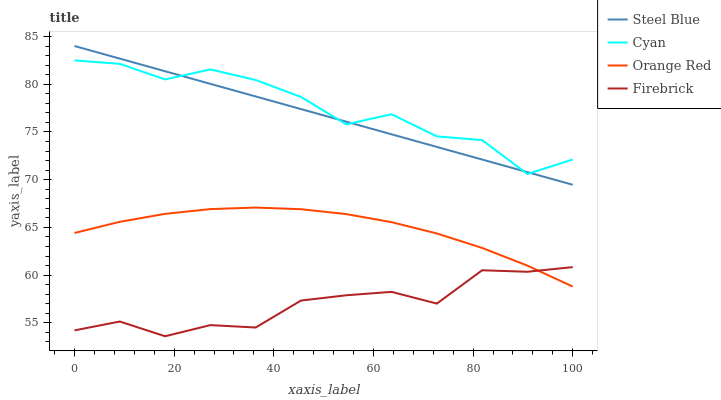
| xaxis_label | Steel Blue | Cyan | Orange Red | Firebrick |
 | --- | --- | --- | --- | --- |
 | 0 | 84 | 82.5 | 64.4 | 54.2 |
 | 9.09 | 82.7 | 82.1 | 65.6 | 55.1 |
 | 18.2 | 81.4 | 80.5 | 66.4 | 53.6 |
 | 27.3 | 80 | 81.5 | 66.9 | 54.8 |
 | 36.4 | 78.7 | 80.4 | 67.1 | 54.5 |
 | 45.5 | 77.4 | 78.7 | 66.9 | 57.3 |
 | 54.5 | 76.1 | 75.8 | 66.4 | 57.9 |
 | 63.6 | 74.8 | 76.9 | 65.5 | 58.2 |
 | 72.7 | 73.4 | 74.5 | 64.4 | 57 |
 | 81.8 | 72.1 | 74.1 | 62.8 | 60.5 |
 | 90.9 | 70.8 | 70.6 | 61 | 60.4 |
 | 100 | 69.5 | 72.1 | 58.8 | 60.8 |